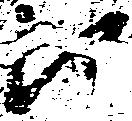
候